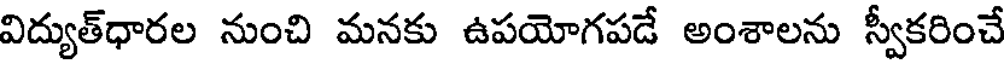
విద్యుత్ధారల నుంచి మనకు ఉపయోగపడే అంశాలను స్వీకరించే